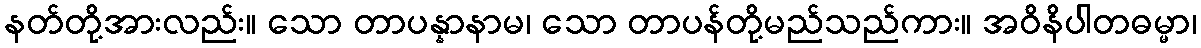
နတ်တို့အားလည်း။ သော တာပန္နာနာမ၊ သော တာပန်တို့မည်သည်ကား။ အဝိနိပါတဓမ္မာ၊